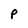
Character: P